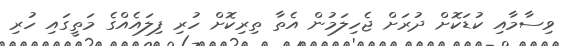
ވިސާމާއި ކުޑަކޮށް ދުރަށް ޖެހިލަމުން އެތާ ތިރިކޮށް ހުރި ފިލައެއްގެ މަތީގައި ހުރި